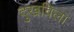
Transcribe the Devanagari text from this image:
दुखविला